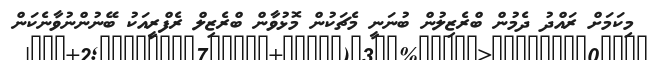
މިކަމަށް ރައްދު ދެމުން ބްރެޒިލުން ބުނަނީ މެޗަކުން މޮޅުވާން ބްރެޒިލް ރެފްރީއަކު ބޭނުންނުވާނެކަން